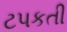
ટપકતી